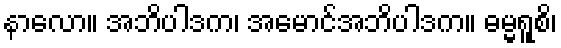
နာလော။ အဘိပါဒက၊ အမောင်အဘိပါဒက။ ဓမ္မရူစိ၊